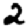
Digit: 2